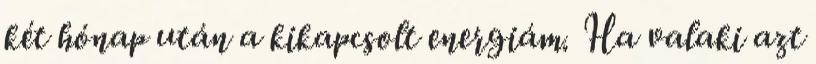
két hónap után a kikapcsolt energiám. Ha valaki azt